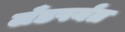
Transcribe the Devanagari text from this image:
लँडपर्यंत